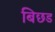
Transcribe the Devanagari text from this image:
बिछड